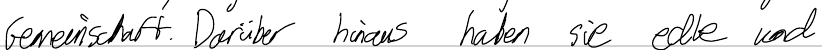
Gemeinschaft. Darüber hinaus haben sie edle und